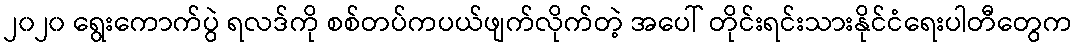
၂၀၂၀ ရွေးကောက်ပွဲ ရလဒ်ကို စစ်တပ်ကပယ်ဖျက်လိုက်တဲ့ အပေါ် တိုင်းရင်းသားနိုင်ငံရေးပါတီတွေက